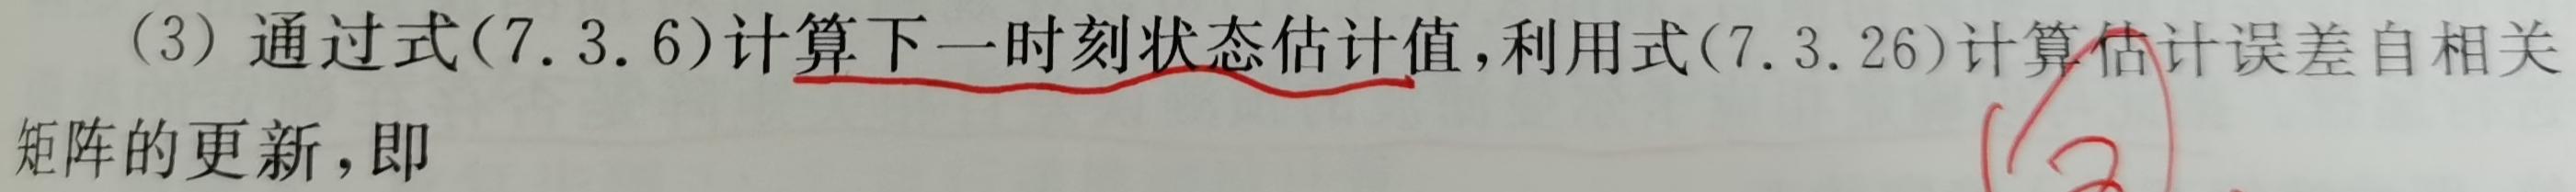
(3) 通过式(7.3.6)计算下一时刻状态估计值,利用式(7.3.26)计算估计误差自相关矩阵的更新,即